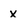
Character: x